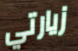
زيارتي